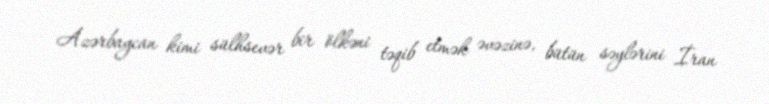
Azərbaycan kimi sülhsevər bir ölkəni təqib etmək əvəzinə, bütün səylərini İran